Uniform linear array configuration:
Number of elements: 16
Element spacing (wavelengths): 0.25
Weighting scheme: kaiser
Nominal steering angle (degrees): -60
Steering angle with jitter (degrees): -58.921
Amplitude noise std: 0.05
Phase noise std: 0.05

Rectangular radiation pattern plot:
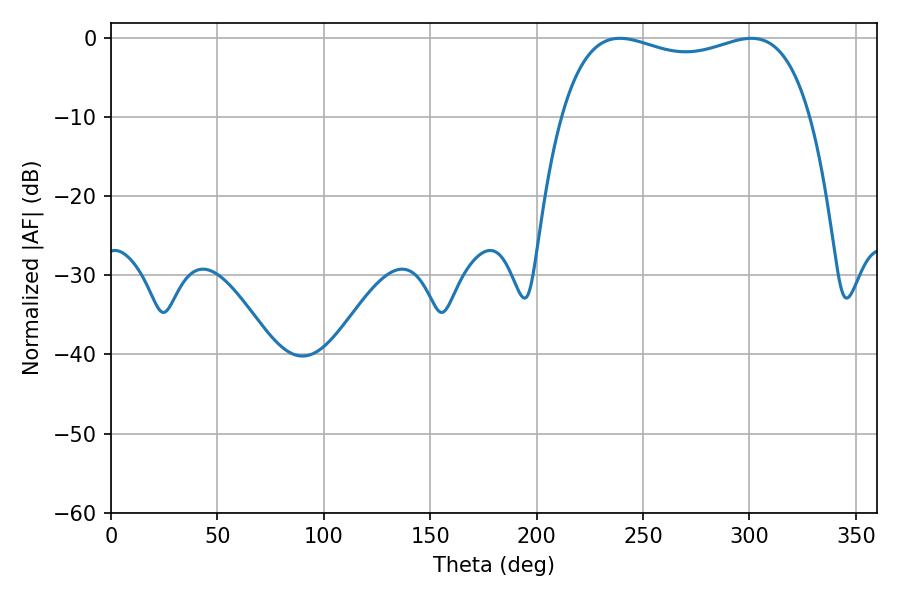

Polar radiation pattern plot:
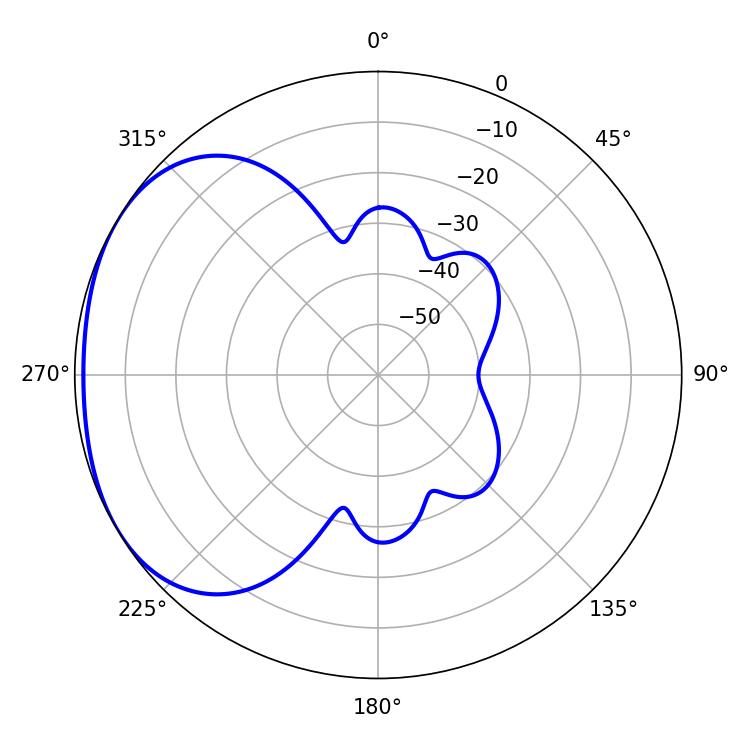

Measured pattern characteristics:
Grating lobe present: FALSE
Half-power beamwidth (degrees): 95.76
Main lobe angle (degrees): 239.04